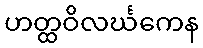
ဟတ္ထဝိလင်္ဃကေန